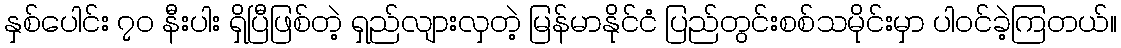
နှစ်ပေါင်း ၇၀ နီးပါး ရှိပြီဖြစ်တဲ့ ရှည်လျားလှတဲ့ မြန်မာနိုင်ငံ ပြည်တွင်းစစ်သမိုင်းမှာ ပါဝင်ခဲ့ကြတယ်။